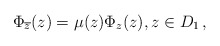
\begin{align*} \Phi_{\overline{z}}(z) =\mu(z)\Phi_z(z), z\in D_1\, , \end{align*}